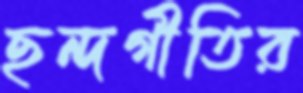
ছন্দগীতির